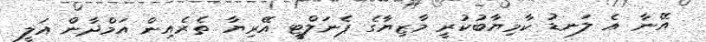
އޭނާ އެ ލަނޑު ކާމިޔާބުކުރީ މާޒިޔާގެ ޕެނަލްޓީ އޭރިޔާ ތެރެއިން އަމްދާން އަލީ